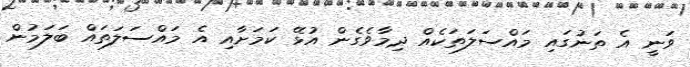
ވަނީ އެ ތަނުގައި މައްސަލަތަކެއް ދިމާވެގެން އުޅޭ ކަމަށާއި އެ މައްސަލަތައް ބަލަމުން